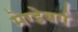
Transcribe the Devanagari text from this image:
मेग्डेबर्ग